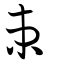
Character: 束